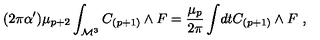
( 2 \pi \alpha ^ { \prime } ) \mu _ { p + 2 } \int _ { { \cal M } ^ { 3 } } C _ { ( p + 1 ) } \wedge F = { \frac { \mu _ { p } } { 2 \pi } } \int \! d t C _ { ( p + 1 ) } \wedge F \ ,